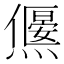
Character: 𤑅